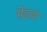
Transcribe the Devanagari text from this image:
मेंढया